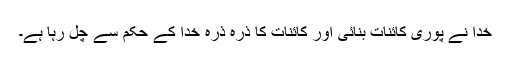
خدا نے پوری کائنات بنائی اور کائنات کا ذرہ ذرہ خدا کے حکم سے چل رہا ہے۔